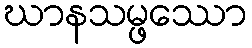
ဃာနသမ္ဖဿော